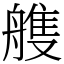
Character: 䑾